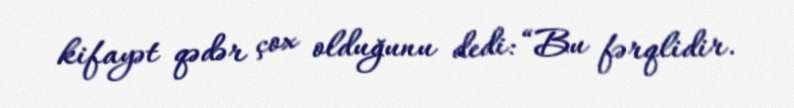
kifayət qədər çox olduğunu dedi: “Bu fərqlidir.